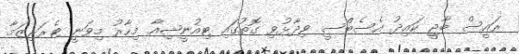
ރައީސް ބާޖީ ކައިދު އެސެބްސީ ވިދާޅުވި ގޮތުގައި ޓިއުނީޝިއާ މިހާރު މިވަނީ ޓެރަރިޒަމާ